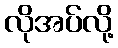
လိုအပ်လို့